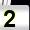
Digit: 2